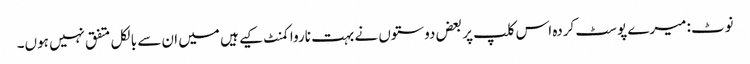
نوٹ: میرے پوسٹ کردہ اس کلپ پر بعض دوستوں نے بہت ناروا کمنٹ کیے ہیں میں ان سے بالکل متفق نہیں ہوں۔